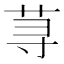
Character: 荨